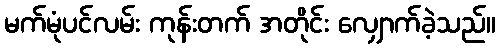
မက်မုံပင်လမ်း ကုန်းတက် အတိုင်း လျှောက်ခဲ့သည်။